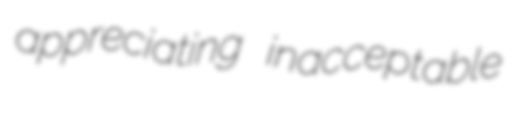
appreciating inacceptable